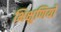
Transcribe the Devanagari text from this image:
भिक्षुणियो